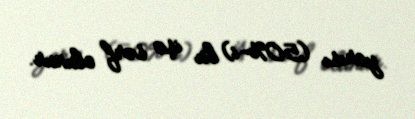
yarısı (50%-i) bu işə sərf olunur.